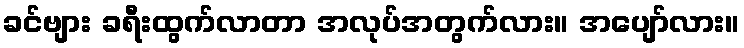
ခင်ဗျား ခရီးထွက်လာတာ အလုပ်အတွက်လား။ အပျော်လား။